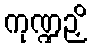
ကုဏ္ဍဉှိ